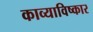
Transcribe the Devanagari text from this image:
काव्याविष्कार